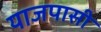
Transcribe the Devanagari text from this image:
याजपासी